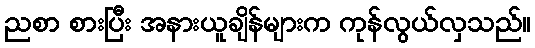
ညစာ စားပြီး အနားယူချိန်များက ကုန်လွယ်လှသည်။